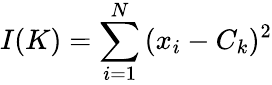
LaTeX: I(K)=\sum_{i=1}^{N}{(x_{i}-C_{k})^{2}}